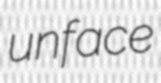
unface